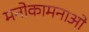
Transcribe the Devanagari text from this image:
मनोकामनाओ